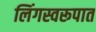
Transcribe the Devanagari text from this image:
लिंगस्वरूपात